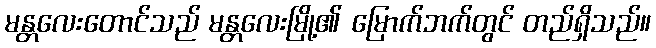
မန္တလေးတောင်သည် မန္တလေးမြို့၏ မြောက်ဘက်တွင် တည်ရှိသည်။